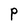
Character: P